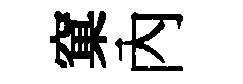
窠內